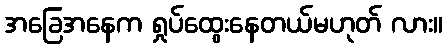
အခြေအနေက ရှုပ်ထွေးနေတယ်မဟုတ် လား။